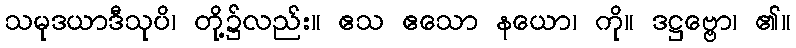
သမုဒယာဒီသုပိ၊ တို့၌လည်း။ ဧသ ဧသော နယော၊ ကို။ ဒဋ္ဌဗ္ဗော၊ ၏။